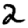
Digit: 2